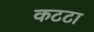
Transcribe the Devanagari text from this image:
कटटा